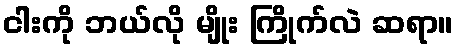
ငါးကို ဘယ်လို မျိုး ကြိုက်လဲ ဆရာ။